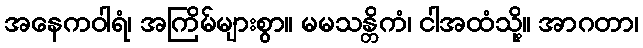
အနေကဝါရံ၊ အကြိမ်များစွာ။ မမသန္တိကံ၊ ငါအထံသို့။ အာဂတာ၊